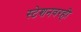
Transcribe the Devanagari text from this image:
स्टेशनवरही